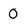
Character: O